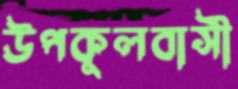
উপকূলবাসী